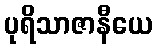
ပုရိသာဇာနီယေ